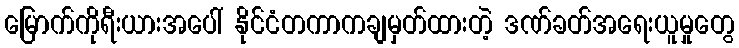
မြောက်ကိုရီးယားအပေါ် နိုင်ငံတကာကချမှတ်ထားတဲ့ ဒဏ်ခတ်အရေးယူမှုတွေ